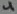
Text: 4